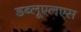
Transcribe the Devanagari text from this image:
डब्लूएलएस